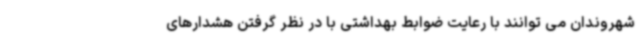
شهروندان می توانند با رعایت ضوابط بهداشتی با در نظر گرفتن هشدارهای